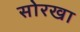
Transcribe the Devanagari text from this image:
सोरखा